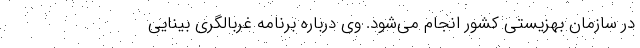
در سازمان بهزیستی کشور انجام می‌شود. وی درباره برنامه غربالگری بینایی